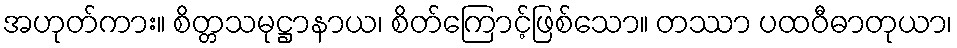
အဟုတ်ကား။ စိတ္တသမုဋ္ဌာနာယ၊ စိတ်ကြောင့်ဖြစ်သော။ တဿာ ပထဝီဓာတုယာ၊